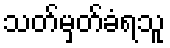
သတ်မှတ်ခံရသူ